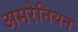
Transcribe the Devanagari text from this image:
अमरेनियन